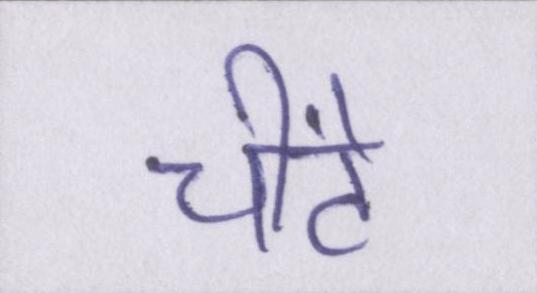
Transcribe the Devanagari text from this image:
चींटे